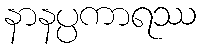
နာနပ္ပကာရဿ